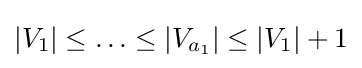
|V_{1}|\leq \ldots \leq |V_{a_{1}}|\leq |V_{1}|+1